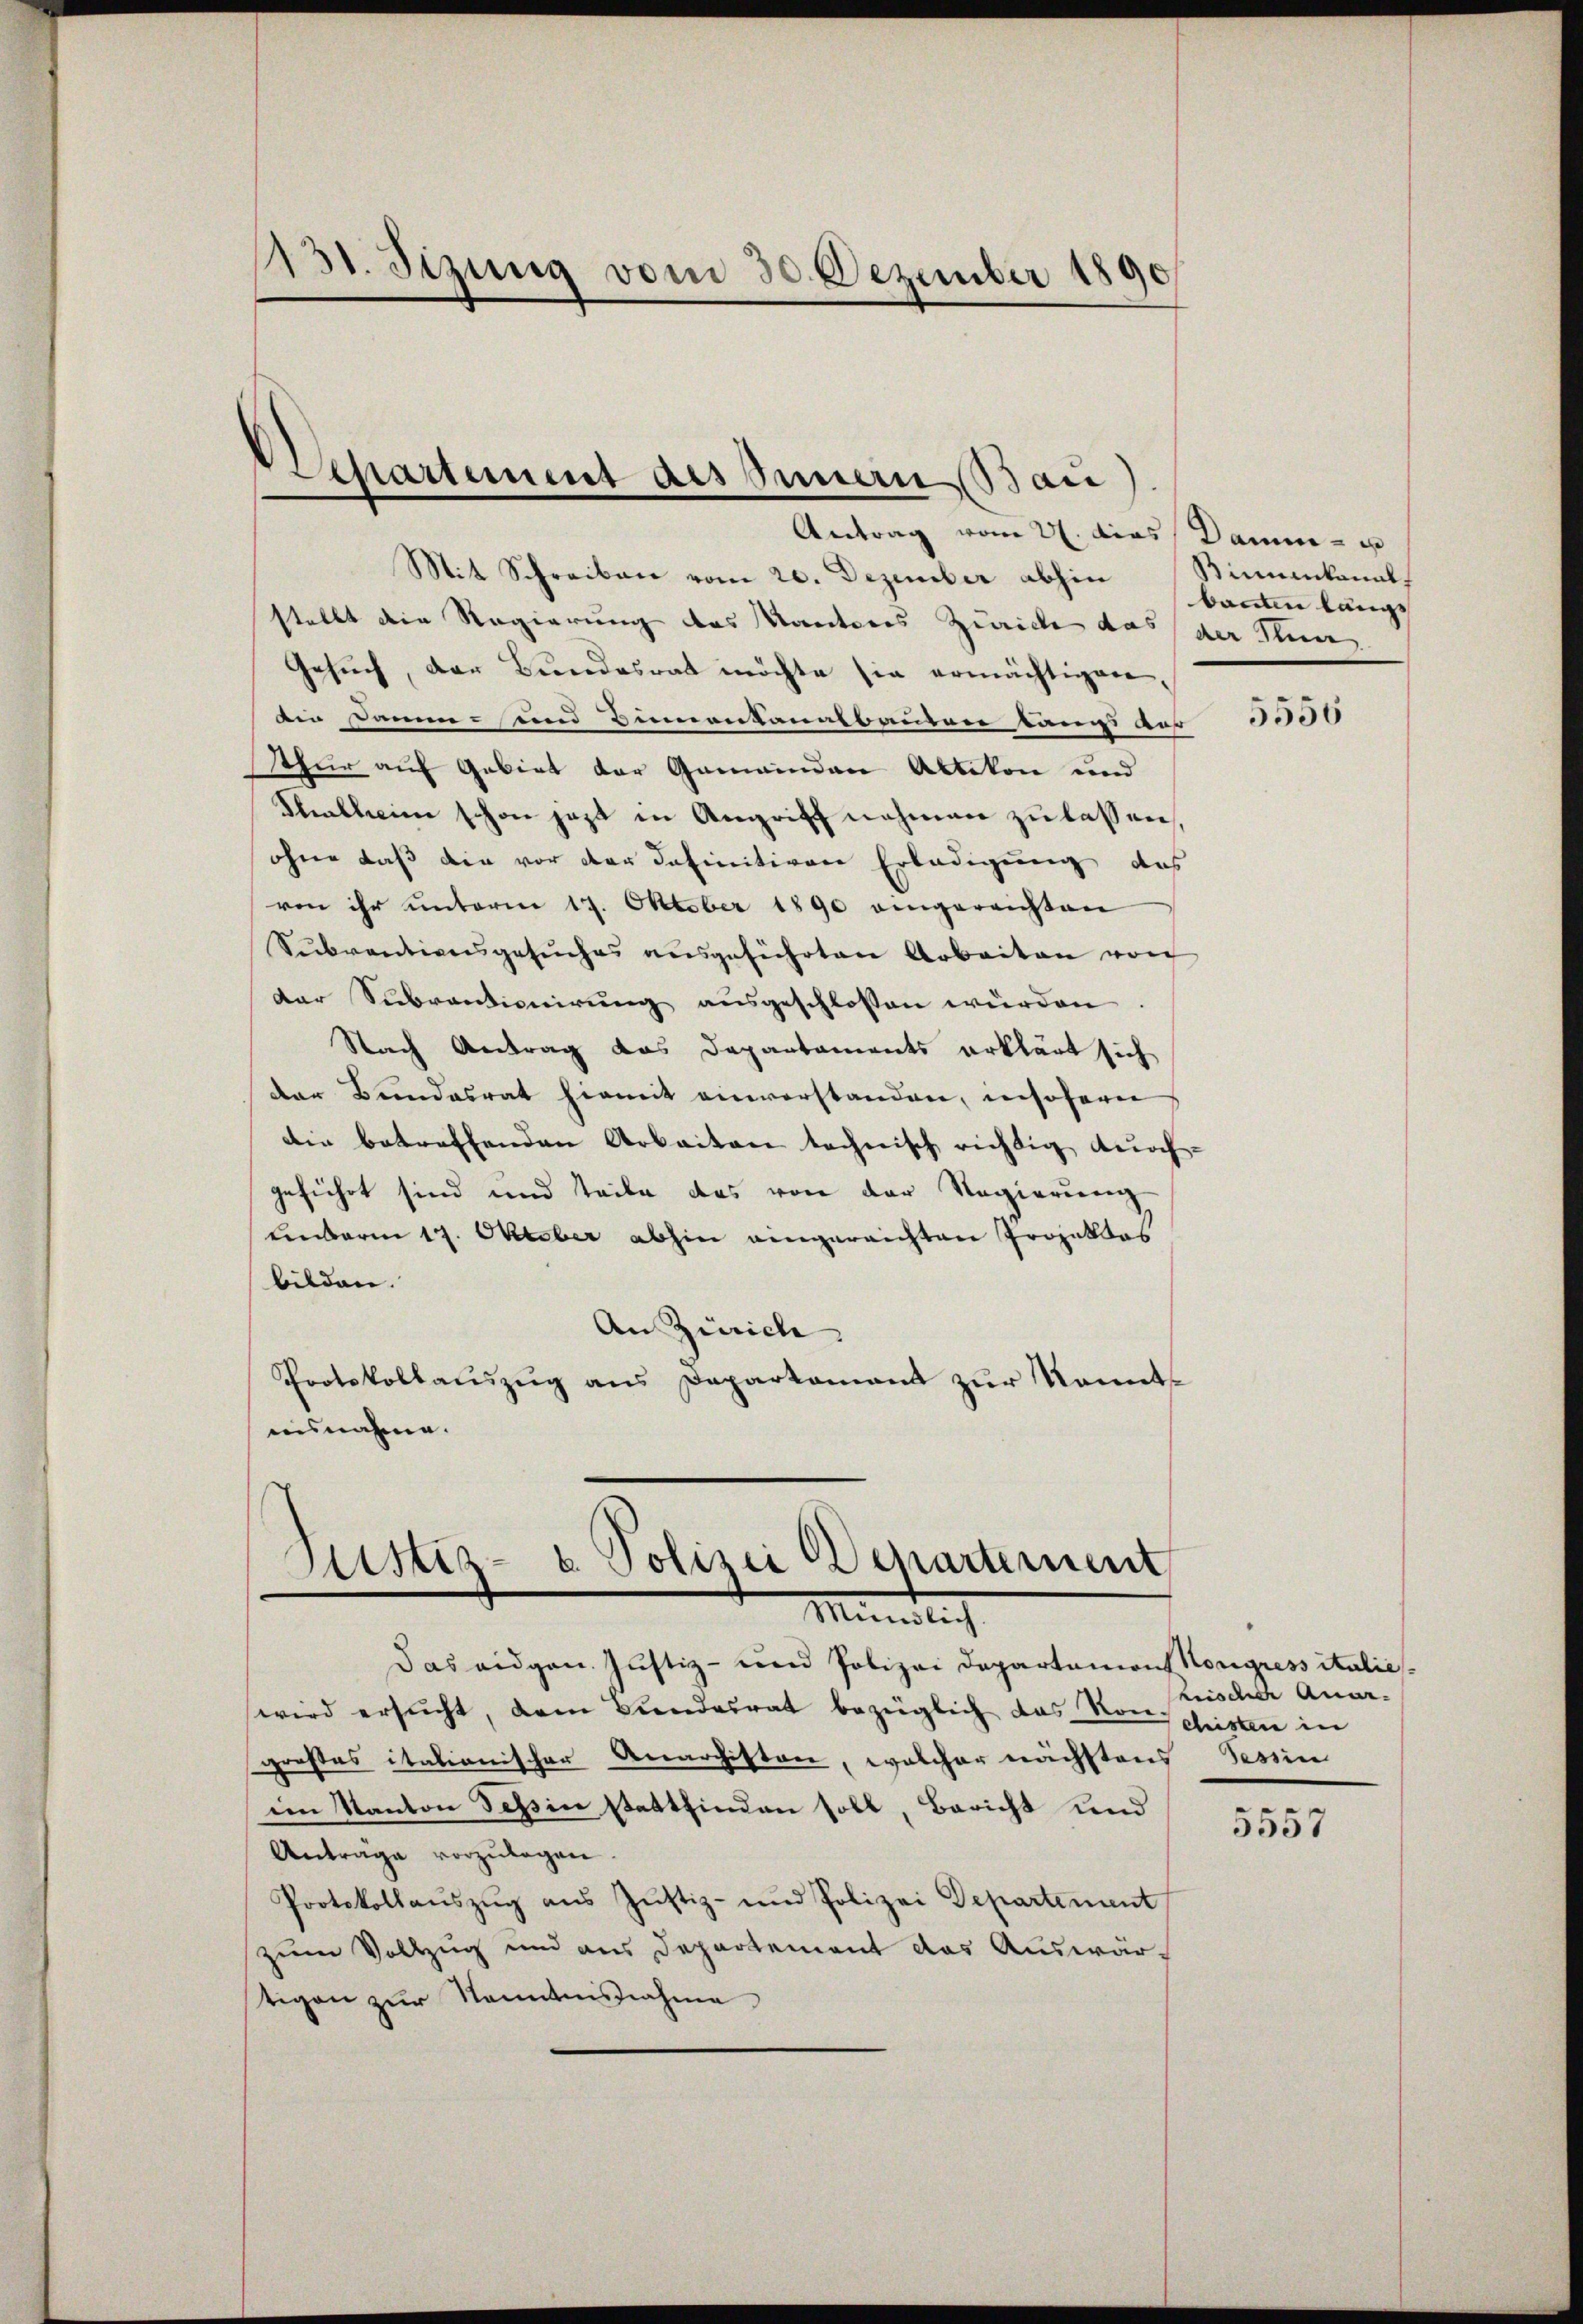
131. Sizung vom 30. Dezember 1890

Separtement des Innern Bau).
Antrag vom 21. dies Damm- u

Mit Schreiben vom 20. Dezember abhin Stimmenkanal-
stellt die Regierung des Kantons Zürich das der Stun
Gesŭch, der Bundesrat möchte sie ermächtigen,
ein Damm und Binnenkanalbauten kant auf
Tthur auf Gebiet der Gemeinden Altikon und
Shalleine schon jezt in Angriff nehmen zu lassen,
ohne daß die vor der definitiven Erledigung des
von ihr unterm 17. Oktober 1890 eingereichten
Subventionsgesŭches aŭsgeführten Arbeiten von
der Subventionirung ausgeschlossen würden
Nach Antrag das Departaments erklärt sich
der Bundesrat hiemit einverstanden, insofern
die betreffenden Arbeiten technisch richtig durch-
geführt sind und teile das von der Regierung
einbarm 17. Oktober abhin eingereichten Projektes
bilden.
An Zürich
Protokollauszug aus Departement zur Kenntausnahme.

Justiz- & Polizei Departement
Mündlich

das eigen Justiz- und Polizei Departemons Kongressitalie
wird ersucht, dem Bundesrat bezüglich das Vorschristen in
großes italionischer Anarchiston, welcher nächstens Tessin
im Kanton Tessin stattfinden soll, Bericht und
Anträge vorzulegen
Protokollaŭszŭg ans Justiz- und Polizei Departement
zum Vollzug und aus Departement das Auswärtigen zur Sonntensnahme

kaum länge

5556

hrische Quar¬

5557